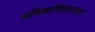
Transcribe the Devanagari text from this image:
मणिकणिंकाघाट